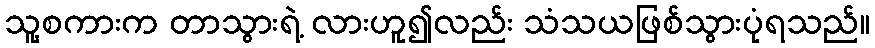
သူ့စကားက တာသွားရဲ့ လားဟူ၍လည်း သံသယဖြစ်သွားပုံရသည်။